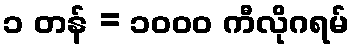
၁ တန် = ၁၀၀၀ ကီလိုဂရမ်